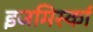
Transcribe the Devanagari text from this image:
इजमिर्स्का